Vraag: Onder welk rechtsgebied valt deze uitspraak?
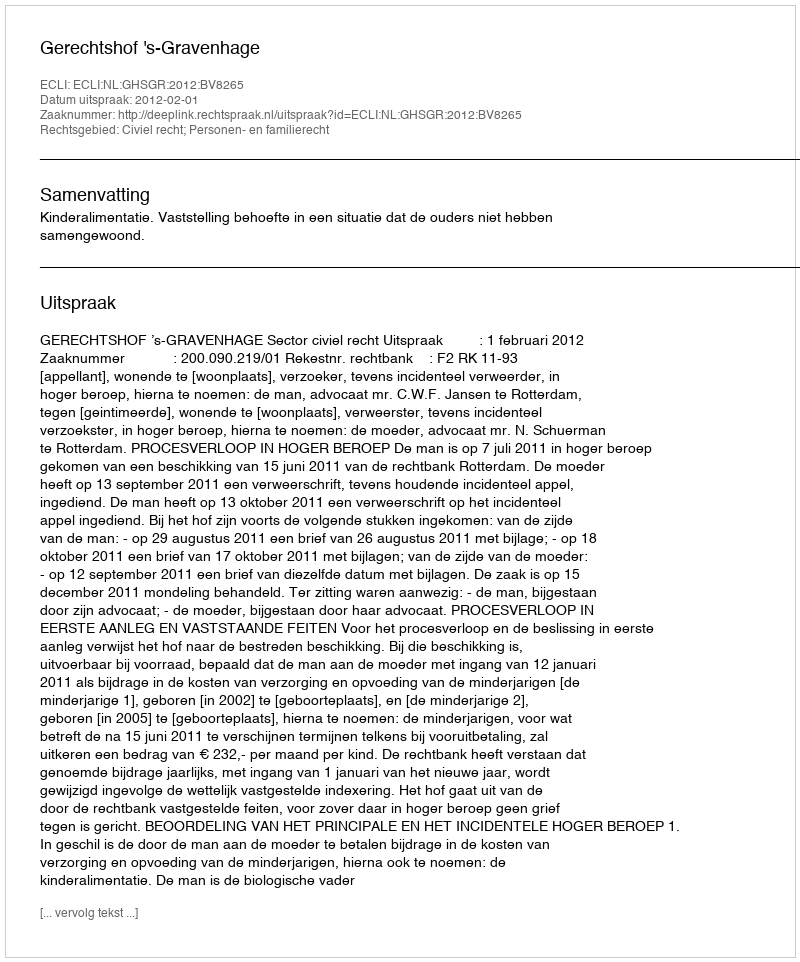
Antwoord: Civiel recht; Personen- en familierecht